画像に写った文字を読んでください
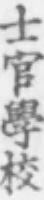
「士官學校」と書いてあります